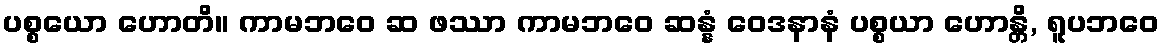
ပစ္စယော ဟောတိ။ ကာမဘဝေ ဆ ဖဿာ ကာမဘဝေ ဆန္နံ ဝေဒနာနံ ပစ္စယာ ဟောန္တိ, ရူပဘဝေ